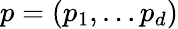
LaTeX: p=(p_{1},\ldots p_{d})